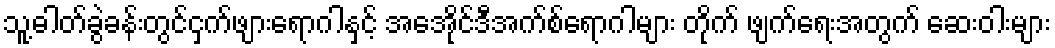
သူ့ဓါတ်ခွဲခန်းတွင်ငှက်ဖျားရောဂါနှင့် အေအိုင်ဒီအက်စ်ရောဂါများ တိုက် ဖျက်ရေးအတွက် ဆေးဝါးများ